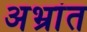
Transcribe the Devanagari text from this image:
अभ्रांत